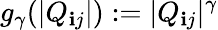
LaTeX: g_{\gamma}(|Q_{\mathbf{i}j}|):=|Q_{\mathbf{i}j}|^{\gamma}